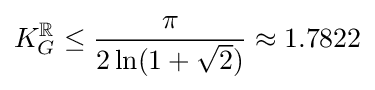
K_{G}^{\mathbb {R} }\leq {\frac {\pi }{2\ln(1+{\sqrt {2}})}}\approx 1.7822